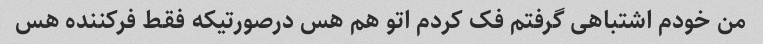
من خودم اشتباهی گرفتم فک کردم اتو هم هس درصورتیکه فقط فرکننده هس